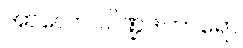
အာလောပပိဏ္ဍဒါတာရော